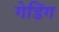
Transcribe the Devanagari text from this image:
गेडिंग